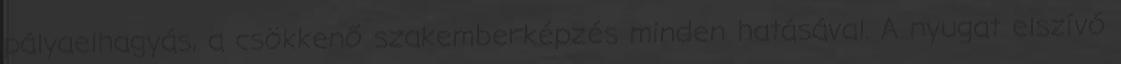
pályaelhagyás, a csökkenő szakemberképzés minden hatásával. A nyugat elszívó